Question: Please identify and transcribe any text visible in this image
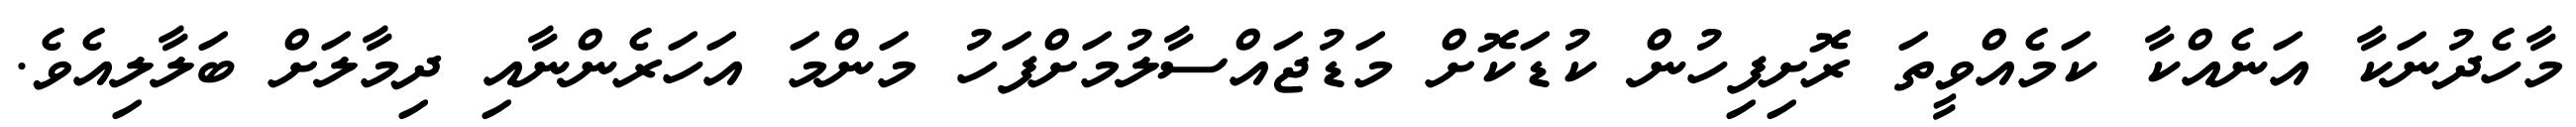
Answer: މާހެދުނަކާ އަނެއްކާ ކަމެއްވީތަ ރޮށިފިހުން ކުޑަކޮށް މަޑުޖައްސާލުމަށްފަހު މަންމަ އަހަރެންނާއި ދިމާލަށް ބަލާލިއެވެ.